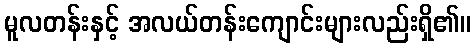
မူလတန်းနှင့် အလယ်တန်းကျောင်းများလည်းရှိ၏။